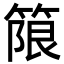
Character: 䈨